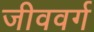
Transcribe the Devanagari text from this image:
जीववर्ग